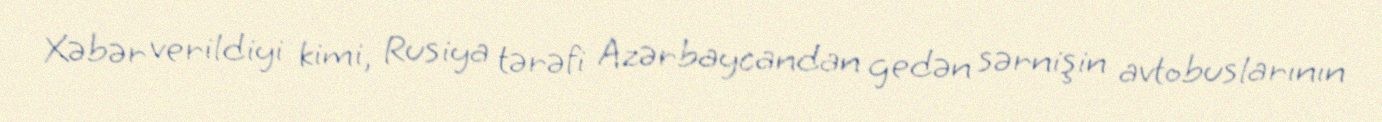
Xəbər verildiyi kimi, Rusiya tərəfi Azərbaycandan gedən sərnişin avtobuslarının